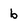
Character: b